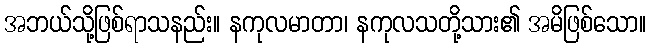
အဘယ်သို့ဖြစ်ရာသနည်း။ နကုလမာတာ၊ နကုလသတို့သား၏ အမိဖြစ်သော။